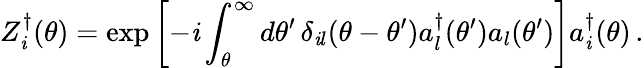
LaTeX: Z_{\mathit{i}}^{\dagger}(\theta)=\exp\left[-\mathit{i}\int_{\theta}^{\infty}d\theta^{\prime}\, \delta_{\mathit{i}l}(\theta-\theta^{\prime})a_{l}^{\dagger}(\theta^{\prime})a_{l}(\theta^{\prime})\right]a_{\mathit{i}}^{\dagger}(\theta)\, .